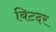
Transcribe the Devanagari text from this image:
बिटदर